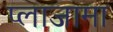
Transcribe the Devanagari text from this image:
प्लाजामा